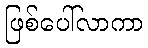
ဖြစ်ပေါ်လာကာ